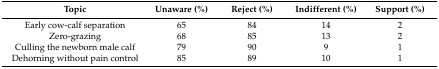
| Topic | Unaware (%) | Reject (%) | Indifferent (%) | Support (%) |
 | --- | --- | --- | --- | --- |
 | Early cow-calf separation | 65 | 84 | 14 | 2 |
 | Zero-grazing | 68 | 85 | 13 | 2 |
 | Culling the newborn male calf | 79 | 90 | 9 | 1 |
 | Dehorning without pain control | 85 | 89 | 10 | 1 |